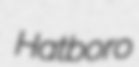
Hatboro